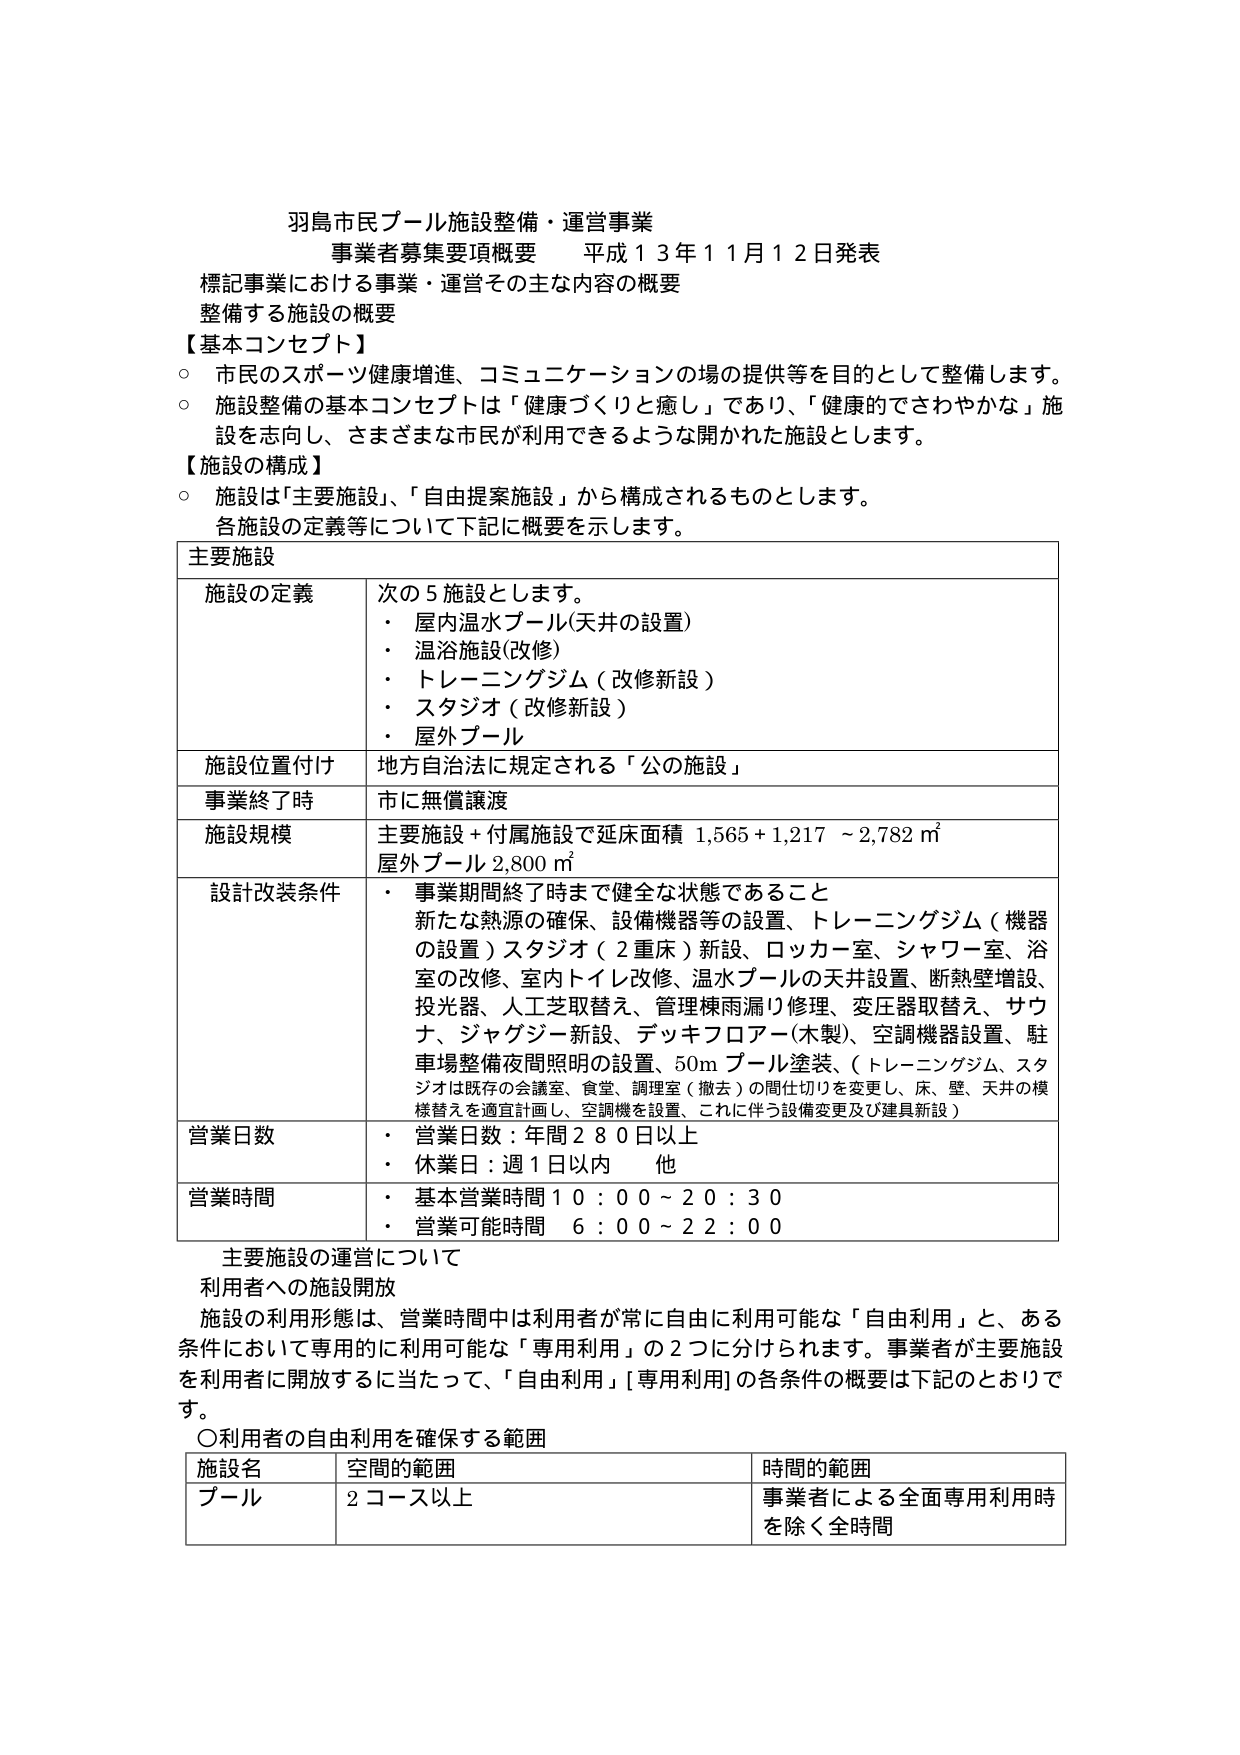
羽島市民プール施設整備・運営事業
事業者募集要項概要　平成１３年１１月１２日発表
標記事業における事業・運営その主な内容の概要
整備する施設の概要

【基本コンセプト】
○ 市民のスポーツ健康増進、コミュニケーションの場の提供等を目的として整備します。
○ 施設整備の基本コンセプトは「健康づくりと癒し」であり、「健康的でさわやかな」施設を志向し、さまざまな市民が利用できるような開かれた施設とします。

【施設の構成】
○ 施設は「主要施設」、「自由提案施設」から構成されるものとします。
　各施設の定義等について下記に概要を示します。

主要施設
施設の定義　次の５施設とします。
・ 屋内温水プール（天井の設置）
・ 温浴施設（改修）
・ トレーニングジム（改修新設）
・ スタジオ（改修新設）
・ 屋外プール

施設位置付け　地方自治法に規定される「公の施設」

事業終了時　市に無償譲渡

施設規模　主要施設＋付属施設で延床面積 1,565＋1,217 ～ 2,782 ㎡
　　　　　屋外プール 2,800 ㎡

設計改装条件　・ 事業期間終了時まで健全な状態であること
　　　　　　　新たな熱源の確保、設備機器等の設置、トレーニングジム（機器の設置）スタジオ（２重床）新設、ロッカー室、シャワー室、浴室の改修、室内トイレ改修、温水プールの天井設置、断熱壁増設、投光器、人工芝取替え、管理棟雨漏り修理、変圧器取替え、サウナ、ジャグジー新設、デッキフロアー（木製）、空調機器設置、駐車場整備夜間照明の設置、50m プール塗装、（トレーニングジム、スタジオは既存の会議室、食堂、調理室（撤去）の間仕切りを変更し、床、壁、天井の模様替えを適宜計画し、空調機を設置、これに伴う設備変更及び建具新設）

営業日数　・ 営業日数：年間２８０日以上
　　　　　・ 休業日：週１日以内　他

営業時間　・ 基本営業時間 10：00～20：30
　　　　　・ 営業可能時間　6：00～22：00

主要施設の運営について
利用者への施設開放
施設の利用形態は、営業時間中は利用者が常に自由に利用可能な「自由利用」と、ある条件において専用的に利用可能な「専用利用」の２つに分けられます。事業者が主要施設を利用者に開放するに当たって、「自由利用」「専用利用」の各条件の概要は下記のとおりです。

○利用者の自由利用を確保する範囲
施設名　空間の範囲　時間の範囲
プール　2コース以上　事業者による全面専用利用時を除く全時間